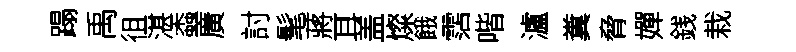
蹋禹徂湛螙廣討髦蔣耳盖燦餓霑喈瀘糞脅嬋銭栽